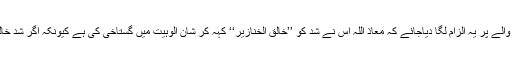
بالکل ایسا ہے جیسے شد کو ’’خَالِقُ کُلِّ شَیْیٍٔ‘‘ کہنے والے پر یہ الزام لگا دیاجائے کہ معاذ اللہ اس نے شد کو ’’خَالِقُ الْخَنَازِیْر‘‘ کہہ کر شان الوہیت میں گستاخی کی ہے کیونکہ اگر شد خالق الخنازیر نہیں تو خالق کل شیٔ کیسے ہوسکتا ہے؟